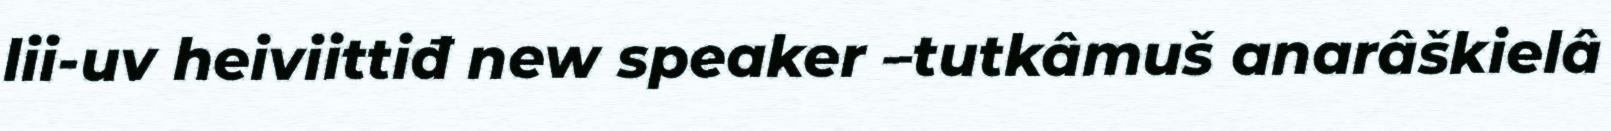
lii-uv heiviittiđ new speaker –tutkâmuš anarâškielâ